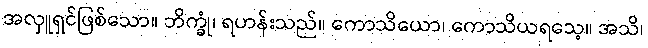
အလှူရှင်ဖြစ်သော။ ဘိက္ခုံ၊ ရဟန်းသည်။ ကောသိယော၊ ကောသိယရသေ့။ အသိ၊